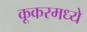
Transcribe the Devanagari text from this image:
कूकरमध्ये